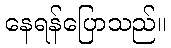
နေရန်ပြောသည်။